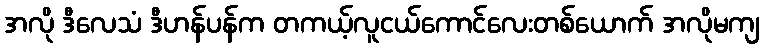
အလို ဒီလေသံ ဒီဟန်ပန်က တကယ့်လူငယ်ကောင်လေးတစ်ယောက် အလိုမကျ